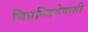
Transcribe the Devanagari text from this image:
विप्रस्त्रियेपासी